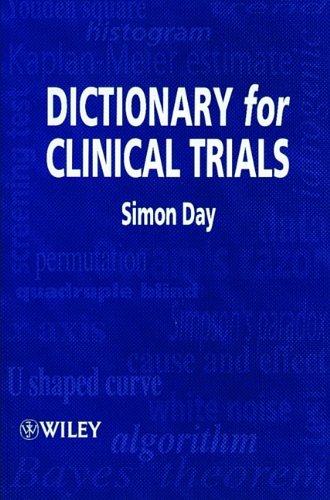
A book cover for Dictionary for Clinical Trials; Simon Day; Medical Books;